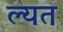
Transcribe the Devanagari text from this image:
ल्यत